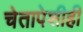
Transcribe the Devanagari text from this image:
चेतापेशीही